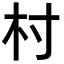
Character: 村